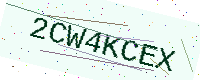
Text: 2CW4KCEX